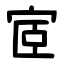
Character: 宧